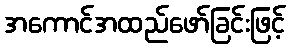
အကောင်အထည်ဖော်ခြင်းဖြင့်